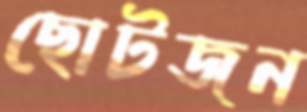
ছোটজন